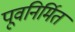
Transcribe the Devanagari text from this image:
पूवनिर्मित